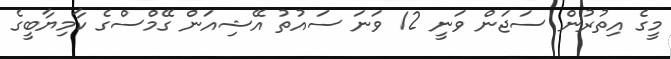
މީގެ އިތުރުން ސަޖަން ވަނީ 12 ވަނަ ސައުތު އޭޝިއަން ގޭމްސްގެ ކާމިޔާބީގެ